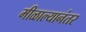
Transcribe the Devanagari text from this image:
मीळाल्यानंतर